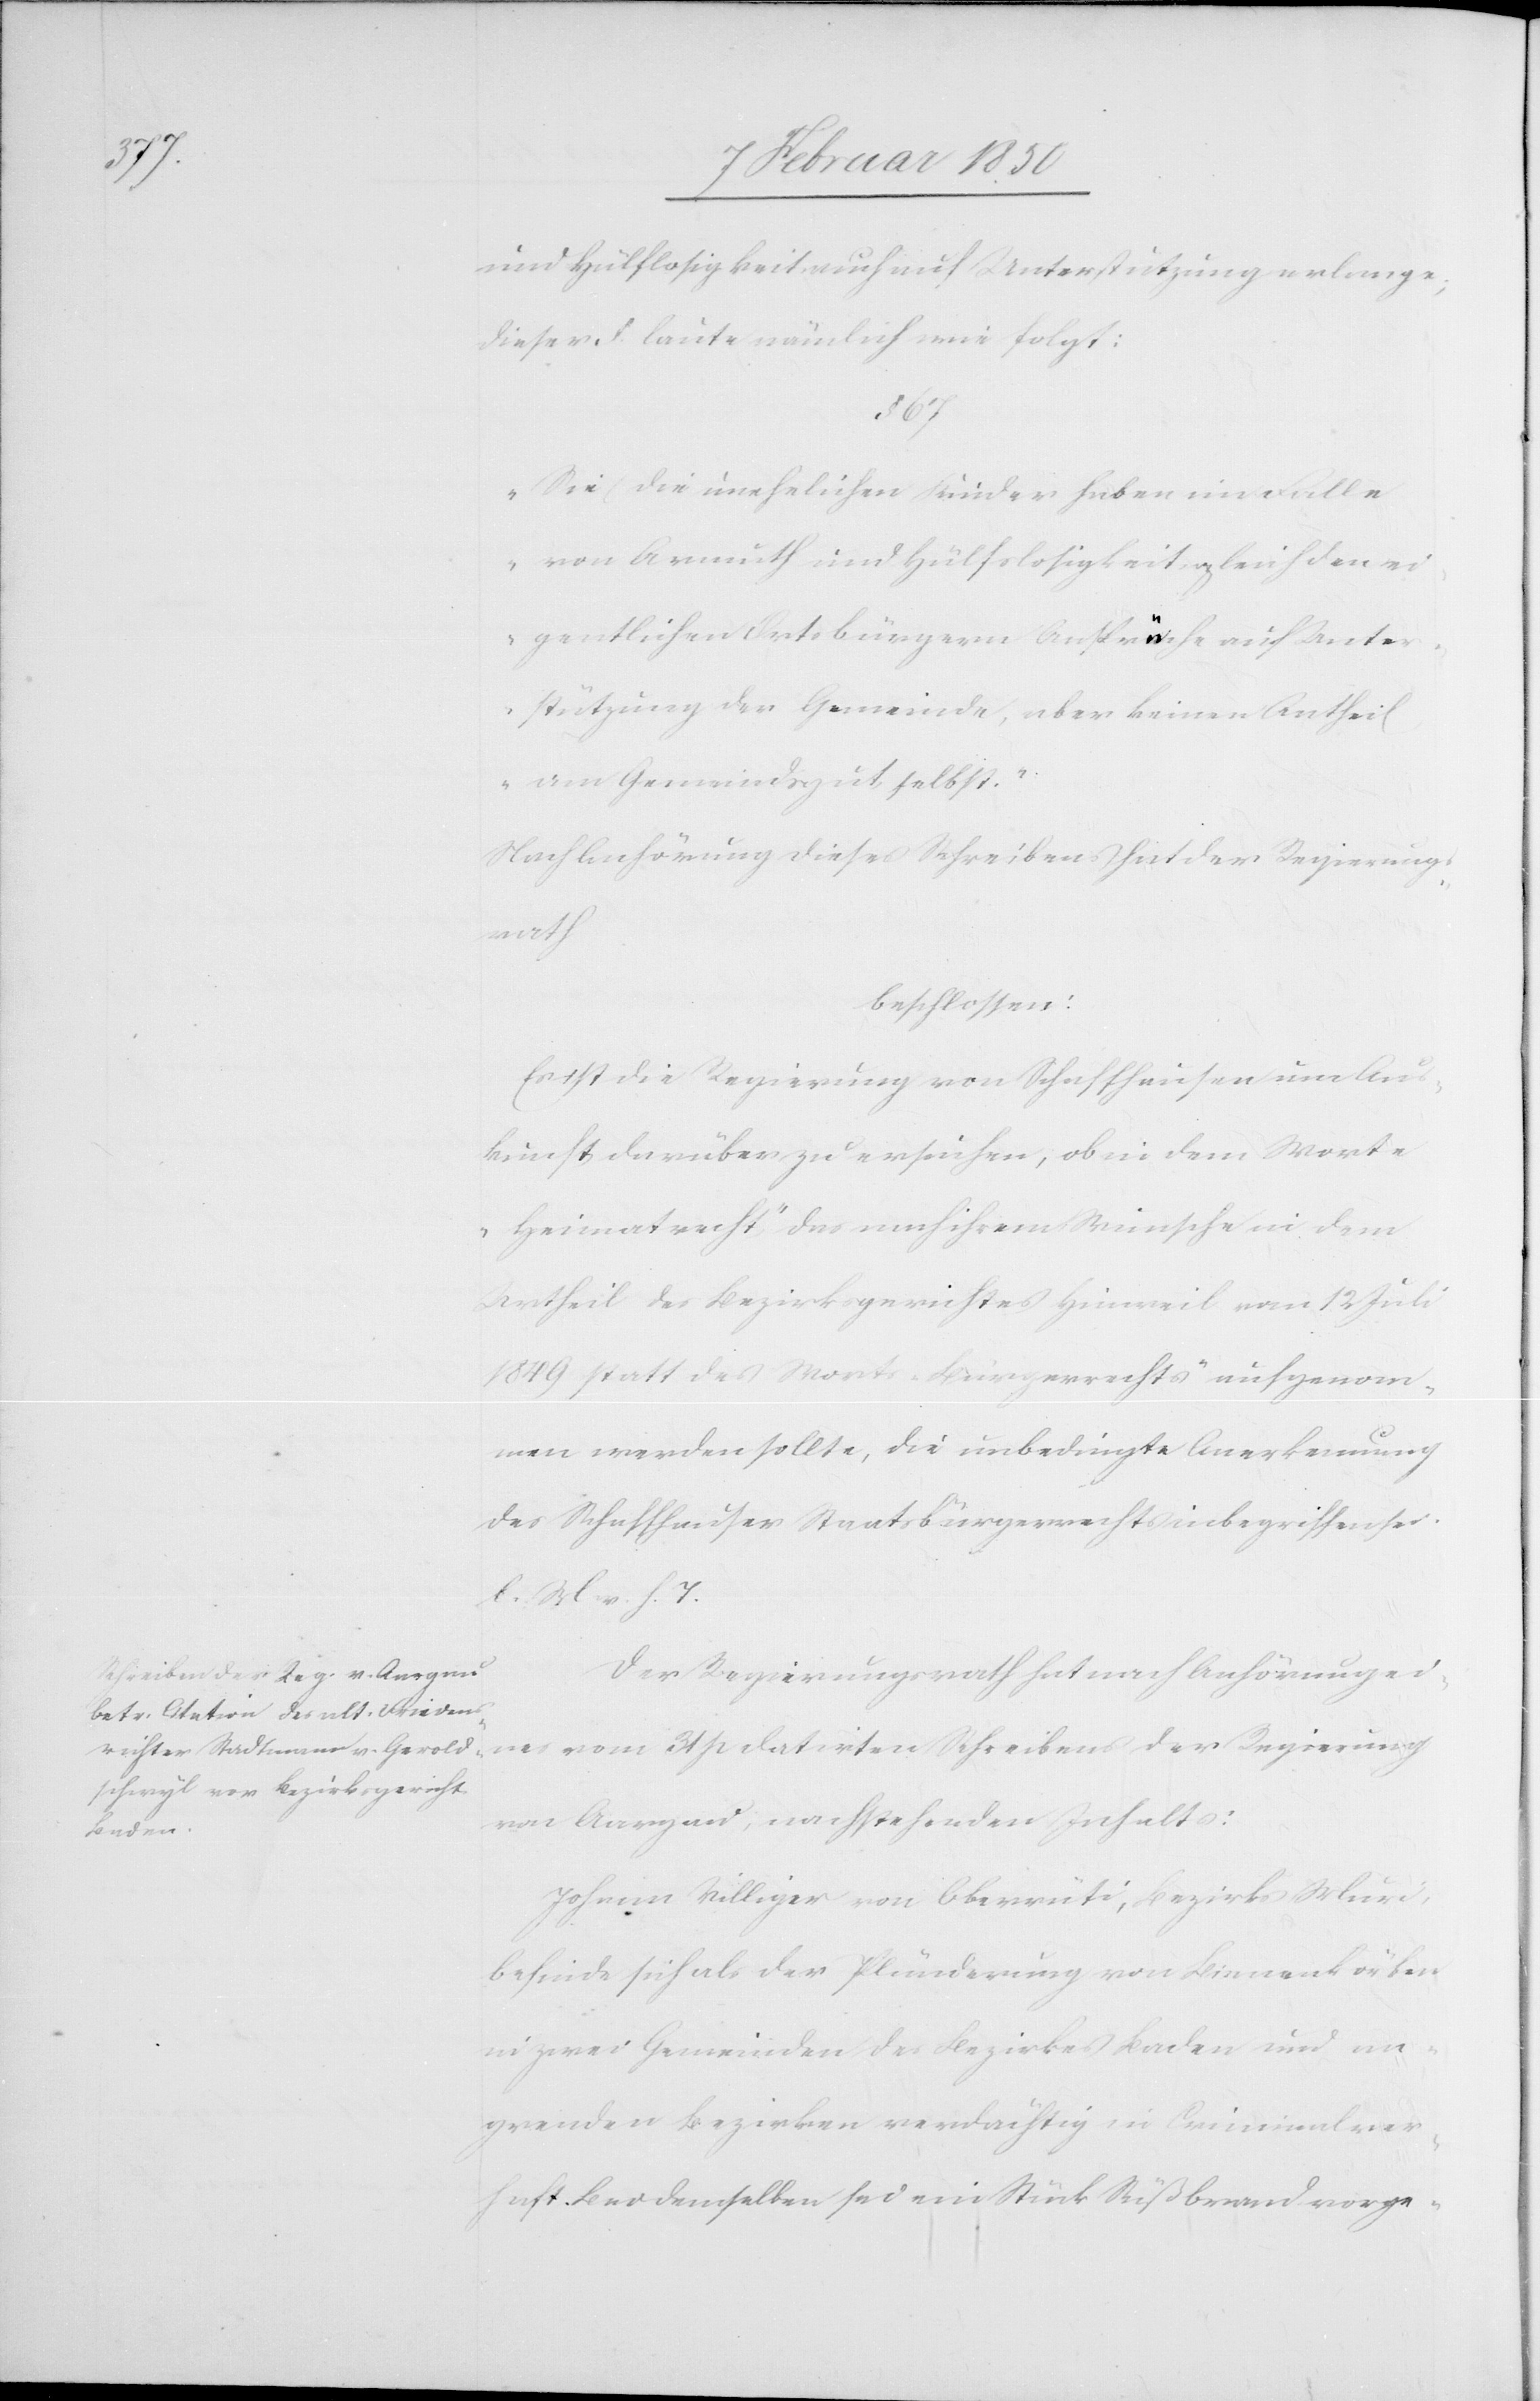
und Hülflosigkeit auch auf Unterstützung erlange;
dieser §. laute nämlich wie folgt:
§. 67
„Sie (die unehelichen Kinder[)] haben im Falle
von Armuth und Hülfslosigkeit gleich den ei¬
gentlichen Ortsbürgern Ansprüche auf Unter¬
stützung der Gemeinde, aber keinen Antheil
am Gemeindsgut selbst.“
Nach Anhörung dieses Schreibens hat der Regierungs¬
rath
beschlossen:
Es ist die Regierung von Schaffhausen um Aus¬
kunft darüber zu ersuchen, ob in dem Worte
„Heimatrecht“ das nach ihrem Wunsche in dem
Urtheil des Bezirksgerichtes Hinweil vom 12 Juli
1849 statt des Wortes „Bürgerrechts“ aufgenom¬
men werden sollte, die unbedingte Anerkennung
des Schaffhauser Staatsbürgerrechts inbegriffen sei.
l. M. v. h. T.
Der Regierungsrath hat nach Anhörung ei¬
nes vom 31 p datirten Schreibens der Regierung
von Aargau, nachstehenden Inhalts:
Johann Villiger von Oberrüti, Bezirks Muri
befinde sich als der Plünderung von Bienenkörben
in zwei Gemeinden des Bezirkes Baden und an¬
gren[zen]den Bezirken verdächtig in Criminalver¬
haft. Bei demselben sei ein Stück Süßbrand vorge-